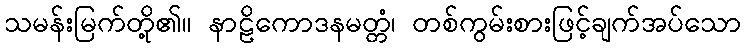
သမန်းမြက်တို့၏။ နာဠိကောဒနမတ္တံ၊ တစ်ကွမ်းစားဖြင့်ချက်အပ်သော